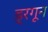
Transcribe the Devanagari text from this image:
ड्रगून